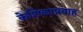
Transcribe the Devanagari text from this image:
केशिकाप्रवाह